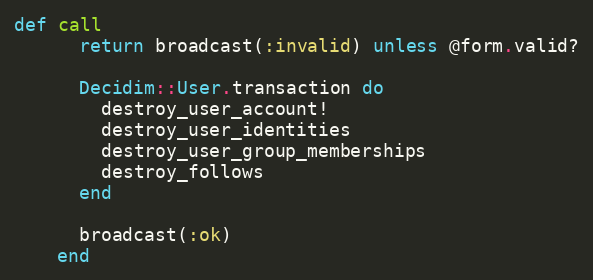
Language: Ruby
def call
      return broadcast(:invalid) unless @form.valid?

      Decidim::User.transaction do
        destroy_user_account!
        destroy_user_identities
        destroy_user_group_memberships
        destroy_follows
      end

      broadcast(:ok)
    end